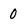
Character: 0